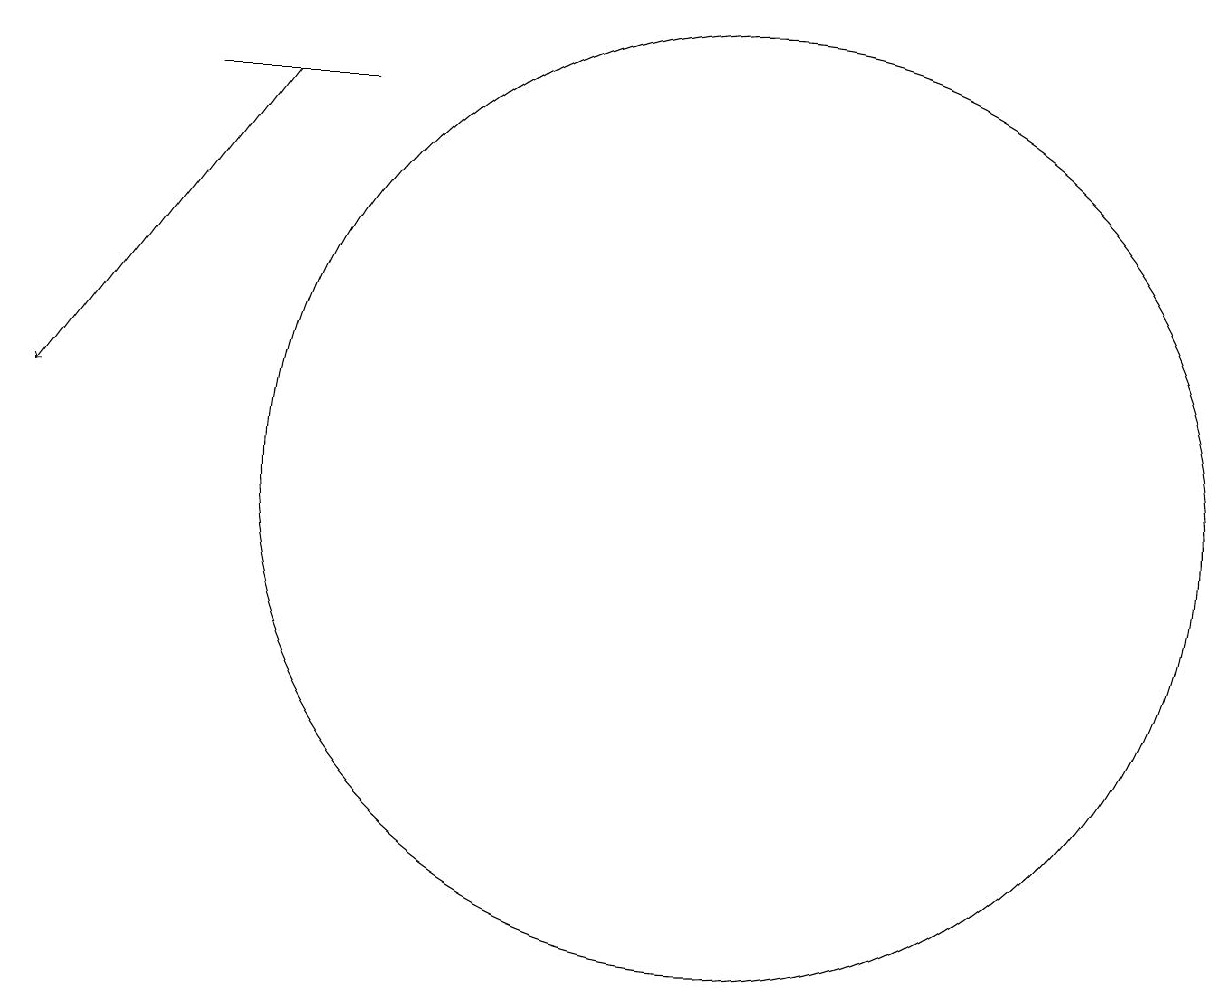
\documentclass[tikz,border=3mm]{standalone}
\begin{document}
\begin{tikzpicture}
\draw[->] (4,15) -- (1,11);
\draw (5,15) rectangle (3,15);
\draw (10,10) circle (6);
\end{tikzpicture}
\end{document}